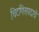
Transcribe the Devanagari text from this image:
चिटणिसपदाचे